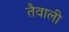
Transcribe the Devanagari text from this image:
तैवाली